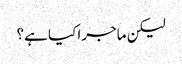
لیکن ماجرا کیا ہے؟